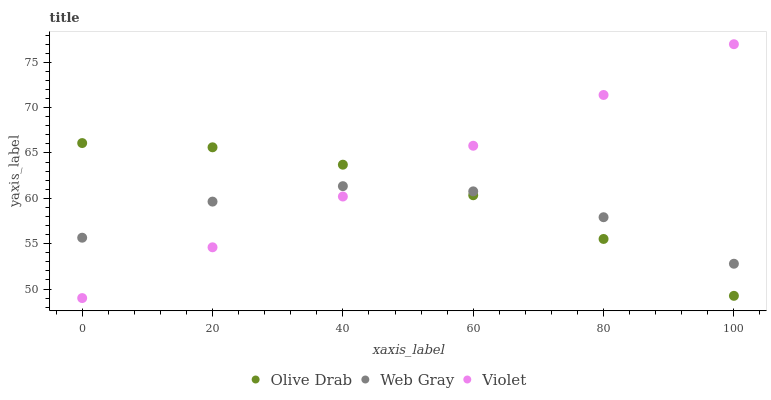
| xaxis_label | Olive Drab | Web Gray | Violet |
 | --- | --- | --- | --- |
 | 0 | 66.1 | 55.7 | 49 |
 | 20 | 65.6 | 59.6 | 54.6 |
 | 40 | 63.7 | 61.3 | 60.2 |
 | 60 | 60.3 | 60.8 | 65.8 |
 | 80 | 55.5 | 57.9 | 71.4 |
 | 100 | 49.2 | 52.8 | 77 |